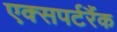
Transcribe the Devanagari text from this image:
एक्सपर्टरैंक